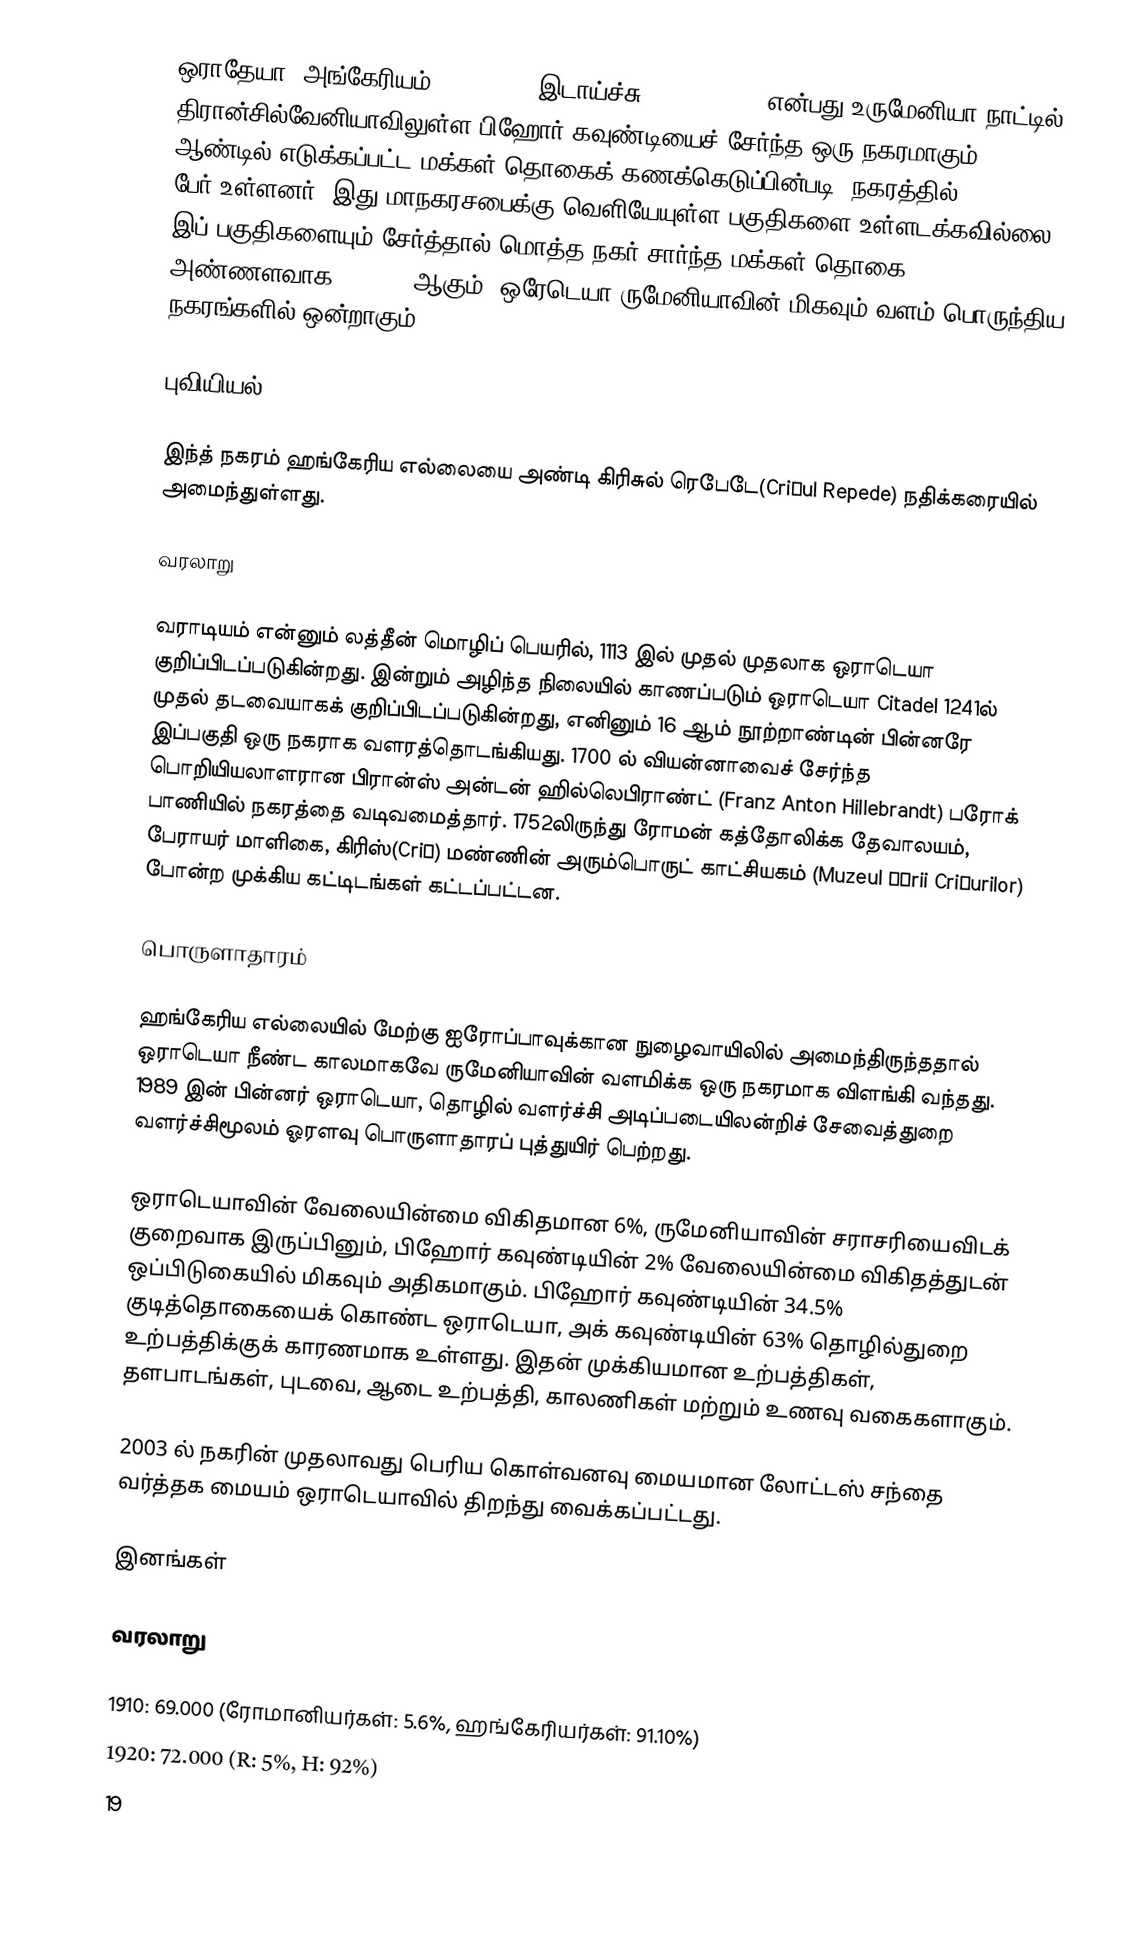
ஒராதேயா (அங்கேரியம் Nagyvárad, இடாய்ச்சு Großwardein) என்பது உருமேனியா நாட்டில் திரான்சில்வேனியாவிலுள்ள பிஹோர் கவுண்டியைச் சேர்ந்த ஒரு நகரமாகும். 2002 ஆண்டில் எடுக்கப்பட்ட மக்கள் தொகைக் கணக்கெடுப்பின்படி, நகரத்தில் 206,527 பேர் உள்ளனர். இது மாநகரசபைக்கு வெளியேயுள்ள பகுதிகளை உள்ளடக்கவில்லை. இப் பகுதிகளையும் சேர்த்தால் மொத்த நகர் சார்ந்த மக்கள் தொகை அண்ணளவாக 220,000 ஆகும். ஒரேடெயா ருமேனியாவின் மிகவும் வளம் பொருந்திய நகரங்களில் ஒன்றாகும்.

புவியியல்

இந்த் நகரம் ஹங்கேரிய எல்லையை அண்டி கிரிசுல் ரெபேடே(Crişul Repede) நதிக்கரையில் அமைந்துள்ளது.

வரலாறு

வராடியம் என்னும் லத்தீன் மொழிப் பெயரில், 1113 இல் முதல் முதலாக ஒராடெயா குறிப்பிடப்படுகின்றது. இன்றும் அழிந்த நிலையில் காணப்படும் ஒராடெயா Citadel 1241ல் முதல் தடவையாகக் குறிப்பிடப்படுகின்றது, எனினும் 16 ஆம் நூற்றாண்டின் பின்னரே இப்பகுதி ஒரு நகராக வளரத்தொடங்கியது. 1700 ல் வியன்னாவைச் சேர்ந்த பொறியியலாளரான பிரான்ஸ் அன்டன் ஹில்லெபிராண்ட் (Franz Anton Hillebrandt) பரோக் பாணியில் நகரத்தை வடிவமைத்தார். 1752லிருந்து ரோமன் கத்தோலிக்க தேவாலயம், பேராயர் மாளிகை, கிரிஸ்(Criş) மண்ணின் அரும்பொருட் காட்சியகம் (Muzeul Ţării Crişurilor) போன்ற முக்கிய கட்டிடங்கள் கட்டப்பட்டன.

பொருளாதாரம்

ஹங்கேரிய எல்லையில் மேற்கு ஐரோப்பாவுக்கான நுழைவாயிலில் அமைந்திருந்ததால் ஒராடெயா நீண்ட காலமாகவே ருமேனியாவின் வளமிக்க ஒரு நகரமாக விளங்கி வந்தது. 1989 இன் பின்னர் ஒராடெயா, தொழில் வளர்ச்சி அடிப்படையிலன்றிச் சேவைத்துறை வளர்ச்சிமூலம் ஓரளவு பொருளாதாரப் புத்துயிர் பெற்றது.

ஒராடெயாவின் வேலையின்மை விகிதமான 6%, ருமேனியாவின் சராசரியைவிடக் குறைவாக இருப்பினும், பிஹோர் கவுண்டியின் 2% வேலையின்மை விகிதத்துடன் ஒப்பிடுகையில் மிகவும் அதிகமாகும். பிஹோர் கவுண்டியின் 34.5% குடித்தொகையைக் கொண்ட ஒராடெயா, அக் கவுண்டியின் 63% தொழில்துறை உற்பத்திக்குக் காரணமாக உள்ளது. இதன் முக்கியமான உற்பத்திகள், தளபாடங்கள், புடவை, ஆடை உற்பத்தி, காலணிகள் மற்றும் உணவு வகைகளாகும்.

2003 ல் நகரின் முதலாவது பெரிய கொள்வனவு மையமான லோட்டஸ் சந்தை வர்த்தக மையம் ஒராடெயாவில் திறந்து வைக்கப்பட்டது.

இனங்கள்

வரலாறு

 1910: 69.000 (ரோமானியர்கள்: 5.6%, ஹங்கேரியர்கள்: 91.10%)
 1920: 72.000 (R: 5%, H: 92%)
 19